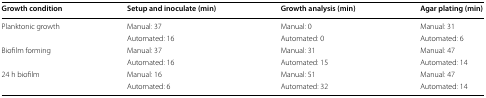
<table><thead><tr><td><b>Growth condition</b></td><td><b>Setup and inoculate (min)</b></td><td><b>Growth analysis (min)</b></td><td><b>Agar plating (min)</b></td></tr></thead><tbody><tr><td rowspan="2">Planktonic growth</td><td>Manual: 37</td><td>Manual: 0</td><td>Manual: 31</td></tr><tr><td>Automated: 16</td><td>Automated: 0</td><td>Automated: 6</td></tr><tr><td rowspan="2">Biofilm forming</td><td>Manual: 37</td><td>Manual: 31</td><td>Manual: 47</td></tr><tr><td>Automated: 16</td><td>Automated: 15</td><td>Automated: 14</td></tr><tr><td rowspan="2">24 h biofilm</td><td>Manual: 16</td><td>Manual: 51</td><td>Manual: 47</td></tr><tr><td>Automated: 6</td><td>Automated: 32</td><td>Automated: 14</td></tr></tbody></table>